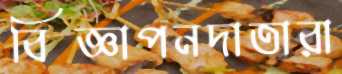
বিজ্ঞাপনদাতারা